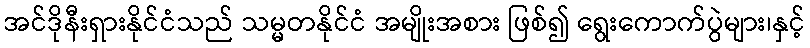
အင်ဒိုနီးရှားနိုင်ငံသည် သမ္မတနိုင်ငံ အမျိုးအစား ဖြစ်၍ ရွေးကောက်ပွဲများ၊နှင့်